Medical and sanitary report of the native army of Bengal for the year
Year: 1876
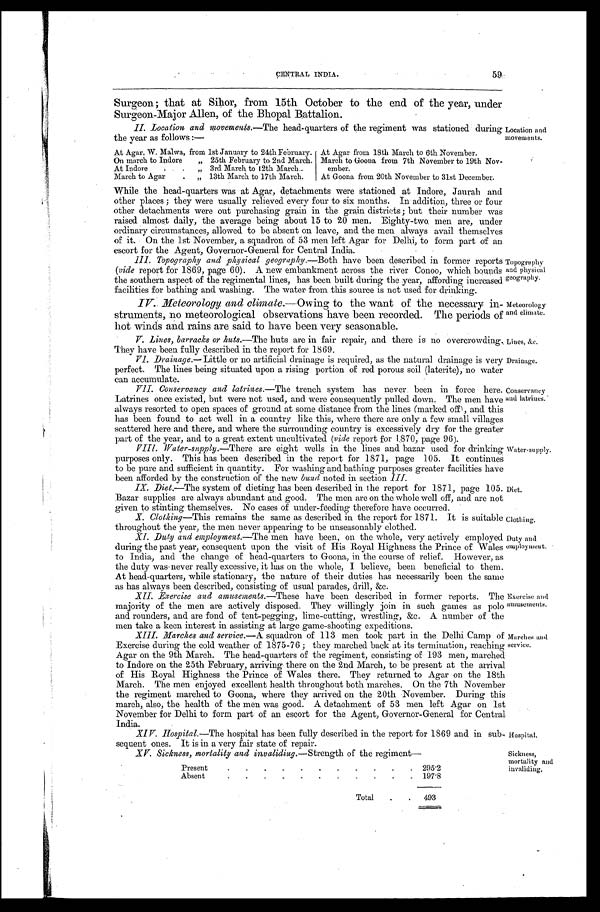
Topography
and physical
geography.
Meteorology
and climate.
Lines, &c.
Drainage.
59
CENTRAL INDIA.
Surgeon; that at Sihor, from 15th October to the end of the year, under
Surgeon-Major Allen, of the Bhopal Battalion.
II. Location and movements.—The head-quarters of the regiment was stationed during
the year as follows:—
Location and
movements.
At Agar, W. Malwa, from 1st January to 24th February . . . At Agar from 18th March to 6th November.
On march to Indore " 25th February to 2nd March . . . March to Goona from 7th November to 19th Nov
-
ember.
At Indore . . . " 3rd March to 12th March . . .
March to Agar . . . " 13th March to 17th March . . .
At Goona from 20th November to 31st December.
While the head-quarters was at Agar, detachments were stationed at Indore, Jaurah and
other places; they were usually, relieved every four to six months. In addition, three or four
other detachments were out purchasing grain in the grain districts; but their number was
raised almost daily, the average being about 15 to 20 men. Eighty-two men are, under
ordinary circumstances, allowed to be absent on leave, and the men always avail themselves
of it. On the 1st November, a squadron of 53 men left Agar for Delhi, to form part of an
escort for the Agent, Governor-General for Central India.
III. Topography and physical geography.—Both have been described in former reports
(vide report for 1869, page 60). A new embankment across the river Conoo, which bounds
the southern aspect of the regimental lines, has been built during the year, affording increased
facilities for bathing and washing. The water from this source is not used for drinking.
IV. Meteorology and climate.— Owing to the want of the necessary in
-
struments, no meteorological observations have been recorded. The periods of
hot winds and rains are said to have been very seasonable.
V. Lines, barracks or huts.— The huts are in fair repair, and there is no overcrowding.
They have been fully described in the report for 1869.
VI. Drainage.— Little or no artificial drainage is required, as the natural drainage is very
perfect. The lines being situated upon a rising portion of red porous soil (laterite), no water
can accumulate.
VII. Conservancy and latrines.— The trench system has never, been in force here.
Latrines once existed, but were not used, and were consequently pulled down. The men have
always resorted to open spaces of ground at some distance from the lines (marked off), and this
has been found to act well in a country like this, where there are only a few small villages
scattered here and there, and where the surrounding country is excessively dry for the greater
part of the year, and to a great extent uncultivated (vide report for 1.870, page 96).
VIII. Water-supply.—There are eight wells in the lines and bazar used for chinking
purposes only. This has been described in the report for 1871, page 105. It continues
to be pure and sufficient in quantity. For washing and bathing purposes greater facilities have
been afforded by the construction of the new bund noted in section III .
IX.
Diet.—The system of dieting has been described in the report for 1871, page 105.
Bazar supplies are always abundant and good. The men are on the whole well off, and are not
given to stinting themselves. No cases of under-feeding therefore have occurred.
X. Clothing—This remains the same as described in the report for 1871. It is suitable
throughout the year, the men never appearing to be unseasonably clothed.
Conservancy
and latrines.
Water-supply.
Diet.
Clothing.
XI. Duty and employment.— The men have been, on the whole, very actively employed
during the past year, consequent upon the visit of His Royal Highness the Prince of Wales
to India, and the change of head-quarters to Goona, in the course of relief. However, as
the duty was never really excessive, it has on the whole, I believe, been beneficial to them.
At head-quarters, while stationary, the nature of their duties has necessarily been the same
as has always been described, consisting of usual parades, drill, &c.
XII. Exercise and amusements.—These have been described in former reports. The
majority of the men are actively disposed. They willingly join in such games as polo
and rounders, and are fond of tent-pegging, lime-cutting, wrestling, &c. A number of the
men take a keen interest in assisting at large game-shooting expeditions.
Duty and
employment.
Exercise and
amusements.
XIII.Marches and service.—A squadron of 113 men took part in the Delhi Camp of
Exercise during the cold weather of 1875-76; they marched back at its termination, reaching
Agar on the 9th March. The head-quarters of the regiment, consisting of 193 men, marched
to Indore on the 25th February, arriving there on the 2nd March, to be present at the arrival
of His Royal Highness the Prince of Wales there. They returned to Agar on the 18th
March. The men enjoyed excellent health. throughout both marches. On the 7th November
the regiment marched to Goona, where they arrived on the 20th November. During this
march, also, the health of the men was good. A detachment of 53 men left Agar on 1st
November for Delhi to form part of an escort for the Agent, Governor-General for Central
India.
XIV. Hospital.—The hospital has been fully described in the report for 1869 and in sub
-
sequent ones. It is in a very fair state of repair.
Marches and
service.
Hospital.
XV. Sickness, mortality and invaliding.— Strength of the regiment—
Present
.
.
.
295.2
Absent
.
.
.
197.8
Total . . .
493
Sickness,
mortality and
invaliding.